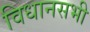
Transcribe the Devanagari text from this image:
विधानसभी